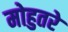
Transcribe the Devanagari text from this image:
मोहुतरे